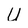
Character: U